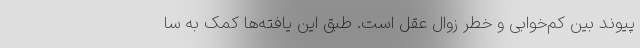
پیوند بین کم‌خوابی و خطر زوال عقل است. طبق این یافته‌ها کمک به سا